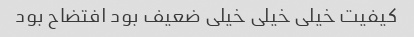
کیفیت خیلی خیلی خیلی ضعیف بود افتضاح بود